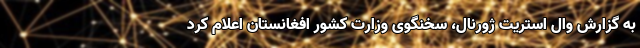
به گزارش وال استریت ژورنال، سخنگوی وزارت کشور افغانستان اعلام کرد